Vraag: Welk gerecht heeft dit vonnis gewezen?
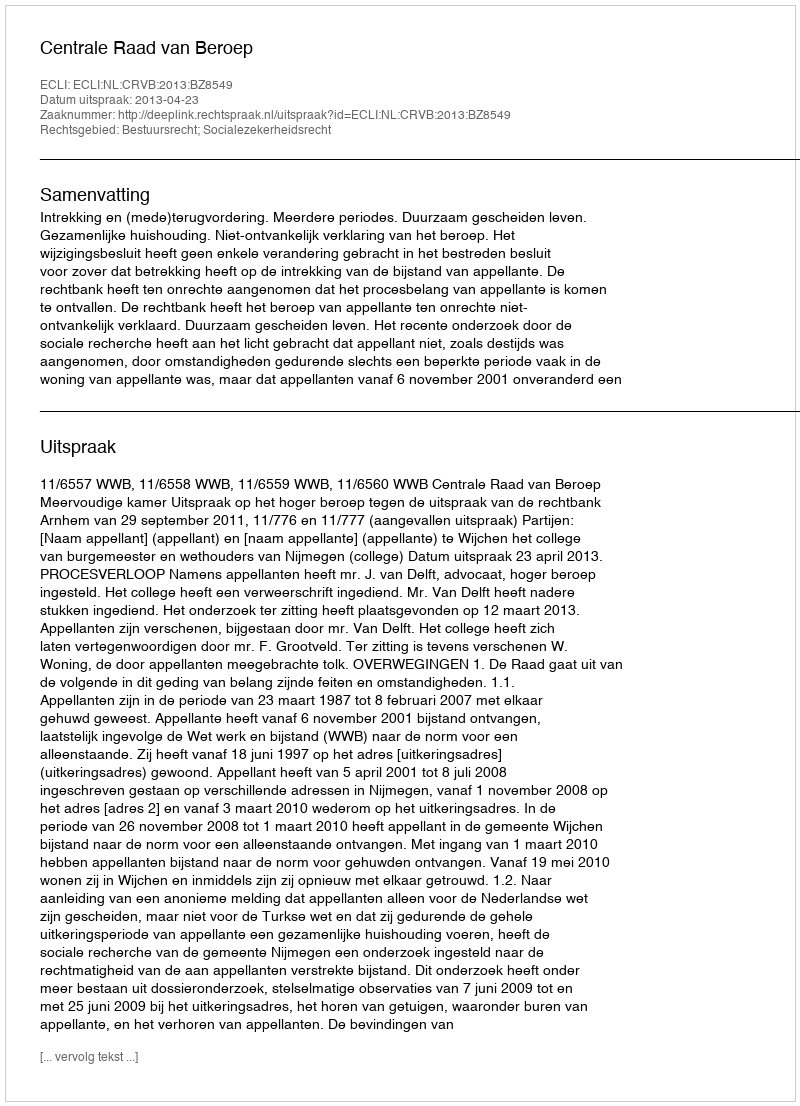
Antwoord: Centrale Raad van Beroep